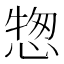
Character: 𢝰